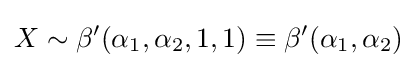
X\sim \beta '(\alpha _{1},\alpha _{2},1,1)\equiv \beta '(\alpha _{1},\alpha _{2})